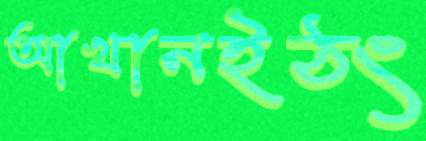
আখানইঠং